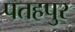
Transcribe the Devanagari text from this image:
पतहपुर